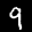
Label: 9